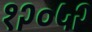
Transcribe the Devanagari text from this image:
१२०५२